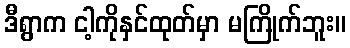
ဒီရွာက ငါ့ကိုနှင်ထုတ်မှာ မကြိုက်ဘူး။